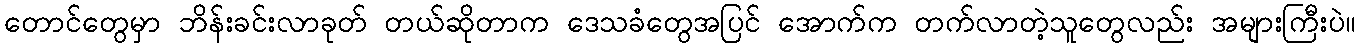
တောင်တွေမှာ ဘိန်းခင်းလာခုတ် တယ်ဆိုတာက ဒေသခံတွေအပြင် အောက်က တက်လာတဲ့သူတွေလည်း အများကြီးပဲ။